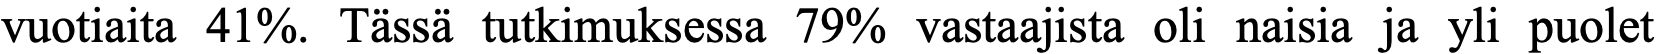
vuotiaita 41%. Tässä tutkimuksessa 79% vastaajista oli naisia ja yli puolet